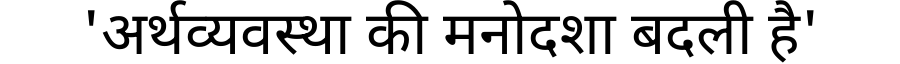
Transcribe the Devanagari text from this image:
'अर्थव्यवस्था की मनोदशा बदली है'